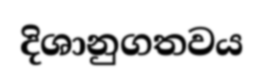
දිශානුගතවය